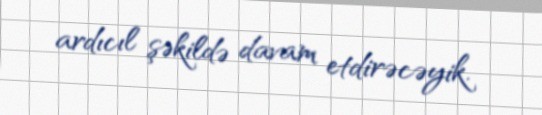
ardıcıl şəkildə davam etdirəcəyik.